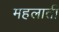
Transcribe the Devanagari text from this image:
महलाती